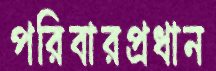
পরিবারপ্রধান